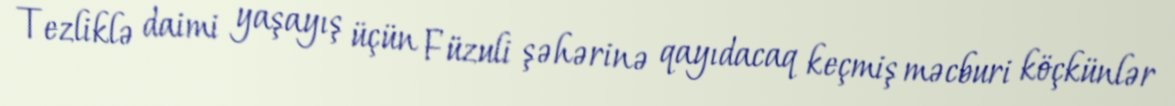
Tezliklə daimi yaşayış üçün Füzuli şəhərinə qayıdacaq keçmiş məcburi köçkünlər